Report on lock hospitals in British Burma
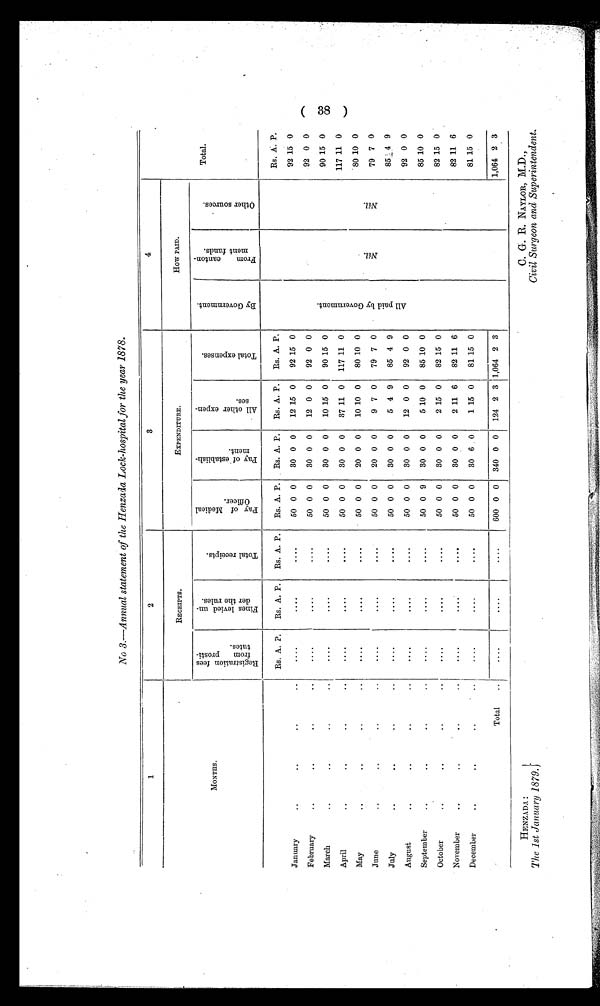
HENZADA :
The 1st January 1879.
C. G. R. NAYLOR, M.D.,
Civil Surgeon and Superintendent.
No 3.—Annual statement of the Henzada Lock-hospital for the year 1878.
1
2
3
4
M O N T H S .
RECEIPTS.
E X P E N D I T U R E .
How PAID.
R e g i s t r a t i o n f e e s f r o m p r o s t i t u t e s .
F i n e s l e v i e d u n d e r t h e r u l e s .
T o t a l r e c e i p t s .
P a y o f M e d i c a l O f f i c e r .
P a y o f e s t a b l i s h m e n t .
A l l o t h e r e x p e n s e s .
T o t a l e x p e n s e s .
B y G o v e r n m e n t .
F r o m C a n t o n m e n t f u n d s .
O t h e r s o u r c e s .
Total.
Rs. A. P.
Rs. A. P. Rs. A. P.
Rs. A. P.
Rs. A. P.
Rs. A. P.
Rs. A. P.
A l l p a i d b y G o v e r n m e n t
N i l .
N i l .
Rs. A. P.
January
..
. .
..
..
....
....
....
50 0 0
30 0 0
12 15 0
92 15 0
92 15 0
February
..
. .
..
..
....
....
....
50 0 0
30 0 0
1 2 0 0
92 0 0
92 0 0
March
..
..
..
..
....
....
...
50 0 0
30 0 0
10 15 0
9 0 15 0
90 15 0
April
..
. .
..
..
....
....
. . . .
50 0 0
3 0 0 0
3 7
1 1 0
117 11 0
117 11 0
May
. .
. .
..
..
. .
. .
....
. . . .
50 0 0
20 0 0
10 10 0
80 10 0
8 0 10 0
June
..
. .
..
..
. .
. .
. . . .
. . . .
5 0 0 0
20 0 0
9 7 0
7 9 7 0
79 7 0
July
..
..
..
....
....
. . . .
50 0 0
30 0 0
5 4 9
85 4 9
85 4 9
August
..
..
..
..
....
....
....
50 0 0
30 0 0
12 0 0
92 0 0
92 0 0
September
. .
..
..
. .
. . . . .
. . . .
. . . .
50 0 9
30 0 0
5 10 0
85 10 0
85 10 0
October
..
..
..
..
....
....
....
50 0 0
30 0 0
2 15 0
82 15 0
82 15 0
November
..
..
..
..
....
....
. . . .
50 0 0
30 0 0
2 11 6
82 11 6
82 11 6
December
..
..
..
....
....
. . . .
50 0 0
30 6 0
1 15 0
81 15 0
81 15 0
Total
..
....
....
....
600 0 0 340 0 0
124 2 3 1,064 2 3
1,064 2 3
38